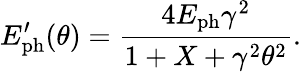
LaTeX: E_{\mathrm{ph}}^{\prime}(\theta)=\frac{4E_{\mathrm{ph}}\gamma^{2}}{1+X+\gamma^{2}\theta^{2}}.